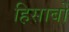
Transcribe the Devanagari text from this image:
हिसाबों